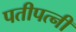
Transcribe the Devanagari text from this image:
पतीपत्नी